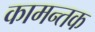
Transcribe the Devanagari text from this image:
कामन्तक